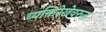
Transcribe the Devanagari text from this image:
व्यक्तिरेखेवरून